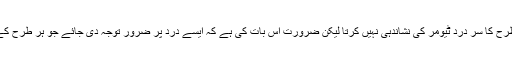
یاد رکھئے کوئی بھی خاص طرح کا سر درد ٹیومر کی نشاندہی نہیں کرتا لیکن ضرورت اس بات کی ہے کہ ایسے درد پر ضرور توجہ دی جائے جو ہر طرح کے علاج کے باوجود ختم نہ ہو۔